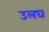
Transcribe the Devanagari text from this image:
उलघ